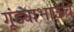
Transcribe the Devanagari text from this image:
गूंड्याभाऊचे